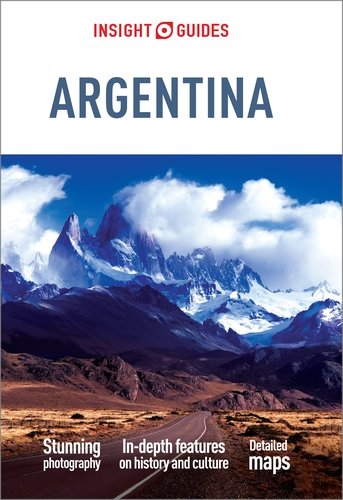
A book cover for Insight Guides: Argentina; Insight Guides; Travel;